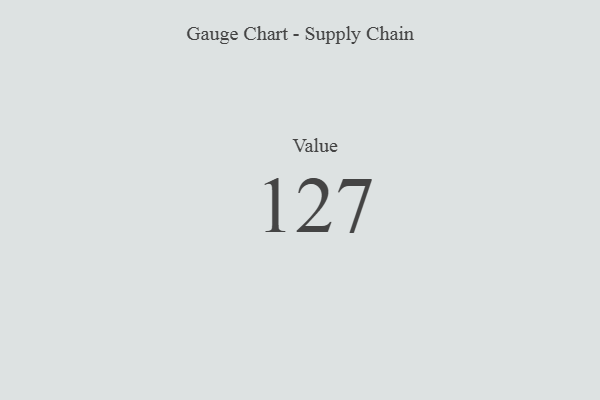
{"axis": {"x": "Metric", "y": "Value"}, "legend": [""], "data": [{"x": "Value", "y": 127, "type": ""}]}